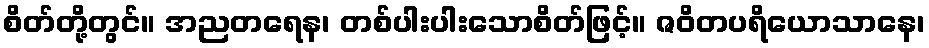
စိတ်တို့တွင်။ အညတရေန၊ တစ်ပါးပါးသောစိတ်ဖြင့်။ ဇဝိတပရိယောသာနေ၊